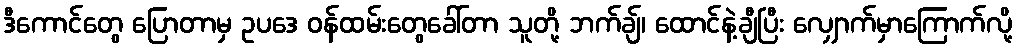
ဒီကောင်တွေ ပြောတာမှ ဥပဒေ ဝန်ထမ်းတွေခေါ်တာ သူတို့ ဘက်ချ်၊ ထောင်နဲ့ချီပြီး လျှောက်မှာကြောက်လို့